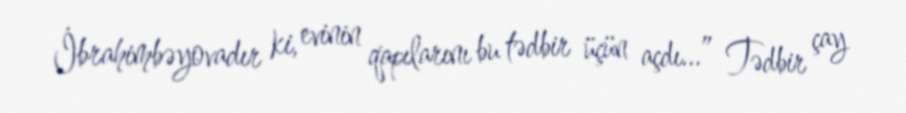
İbrahimbəyovadır ki, evinin qapılarını bu tədbir üçün açdı...” Tədbir çay